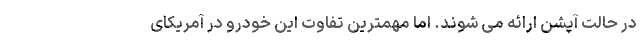
در حالت آپشن ارائه می شوند. اما مهمترین تفاوت این خودرو در آمریکای